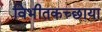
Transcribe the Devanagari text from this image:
विभीतकच्छाया